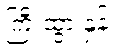
ကြီးထွားနှုန်း